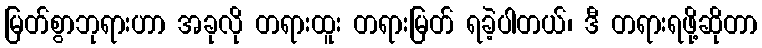
မြတ်စွာဘုရားဟာ အခုလို တရားထူး တရားမြတ် ရခဲ့ပါတယ်၊ ဒီ တရားရဖို့ဆိုတာ